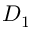
D _ { 1 }